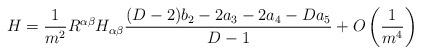
LaTeX: \begin{align*}H= \frac{1}{m^2} R^{\alpha\beta} H_{\alpha\beta}\frac{(D-2)b_2 - 2a_3-2a_4-Da_5}{D-1}+ O \left(\frac{1}{m^4}\right)\end{align*}